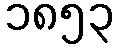
၁၈၅၃